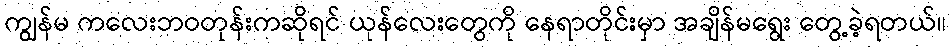
ကျွန်မ ကလေးဘဝတုန်းကဆိုရင် ယုန်လေးတွေကို နေရာတိုင်းမှာ အချိန်မရွေး တွေ့ခဲ့ရတယ်။